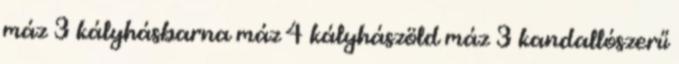
máz 3 kályhásbarna máz 4 kályhászöld máz 3 kandallószerű